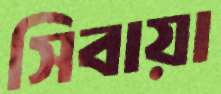
সিবায়া